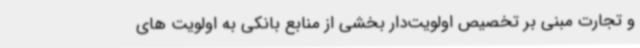
و تجارت مبنی بر تخصیص اولویت‌دار بخشی از منابع بانکی به اولویت های